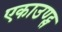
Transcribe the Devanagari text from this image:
एकाउण्ट्स